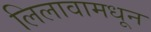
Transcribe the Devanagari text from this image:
लिलावामधून